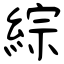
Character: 綜